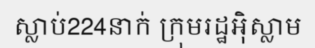
ស្លាប់224នាក់ ក្រុមរដ្ឋអ៊ិស្លាម